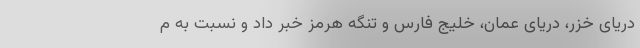
دریای خزر،‌ دریای عمان، خلیج فارس و تنگه هرمز خبر داد و نسبت به م